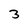
Character: 3